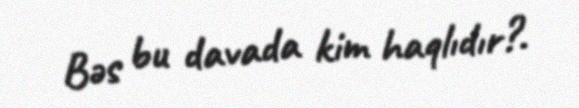
Bəs bu davada kim haqlıdır?.